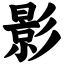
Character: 影